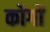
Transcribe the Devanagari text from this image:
कोंगों